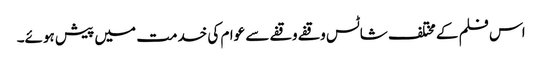
اس فلم کے مختلف شاٹس وقفے وقفے سے عوام کی خدمت میں پیش ہوئے۔